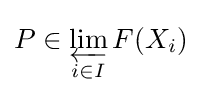
P\in \varprojlim _{i\in I}F(X_{i})